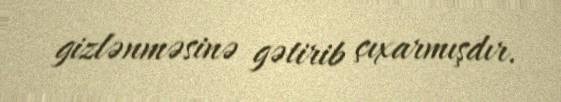
gizlənməsinə gətirib çıxarmışdır.